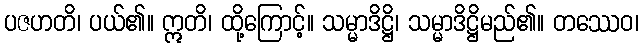
ပဇဟတိ၊ ပယ်၏။ ဣတိ၊ ထို့ကြောင့်။ သမ္မာဒိဋ္ဌိ၊ သမ္မာဒိဋ္ဌိမည်၏။ တဿေဝ၊